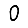
Digit: 0